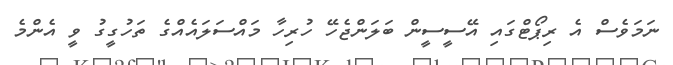
ނަމަވެސް އެ ރިޕޯޓްގައި އޭސީސީން ބަލަންޖެހޭ ހުރިހާ މައްސަލައެއްގެ ތަހުގީގު ވީ އެންމެ